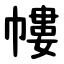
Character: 㡞